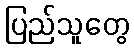
ပြည်သူတွေ